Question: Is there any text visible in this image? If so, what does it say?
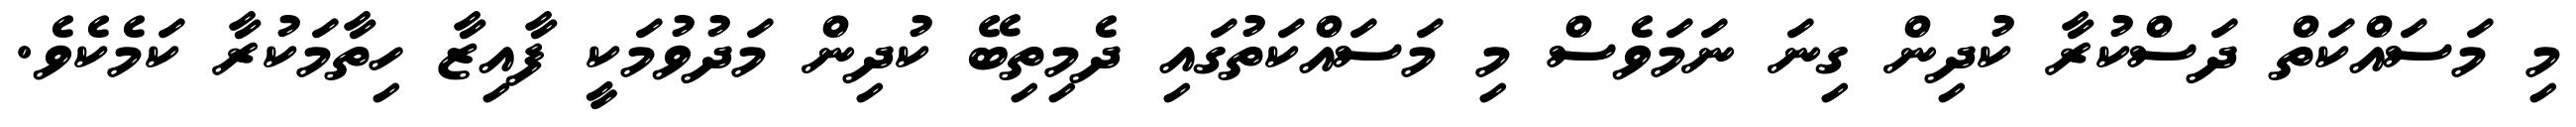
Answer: މި މަސައްކަތް ދަސްކުރާ ކުދިން ގިނަ ނަމަވެސް މި މަސައްކަތުގައި ދެމިތިބޭ ކުދިން މަދުވުމަކީ ފާއިޒާ ހިތާމަކުރާ ކަމެކެވެ.